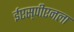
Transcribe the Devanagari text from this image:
ईएस्‌पीएनला